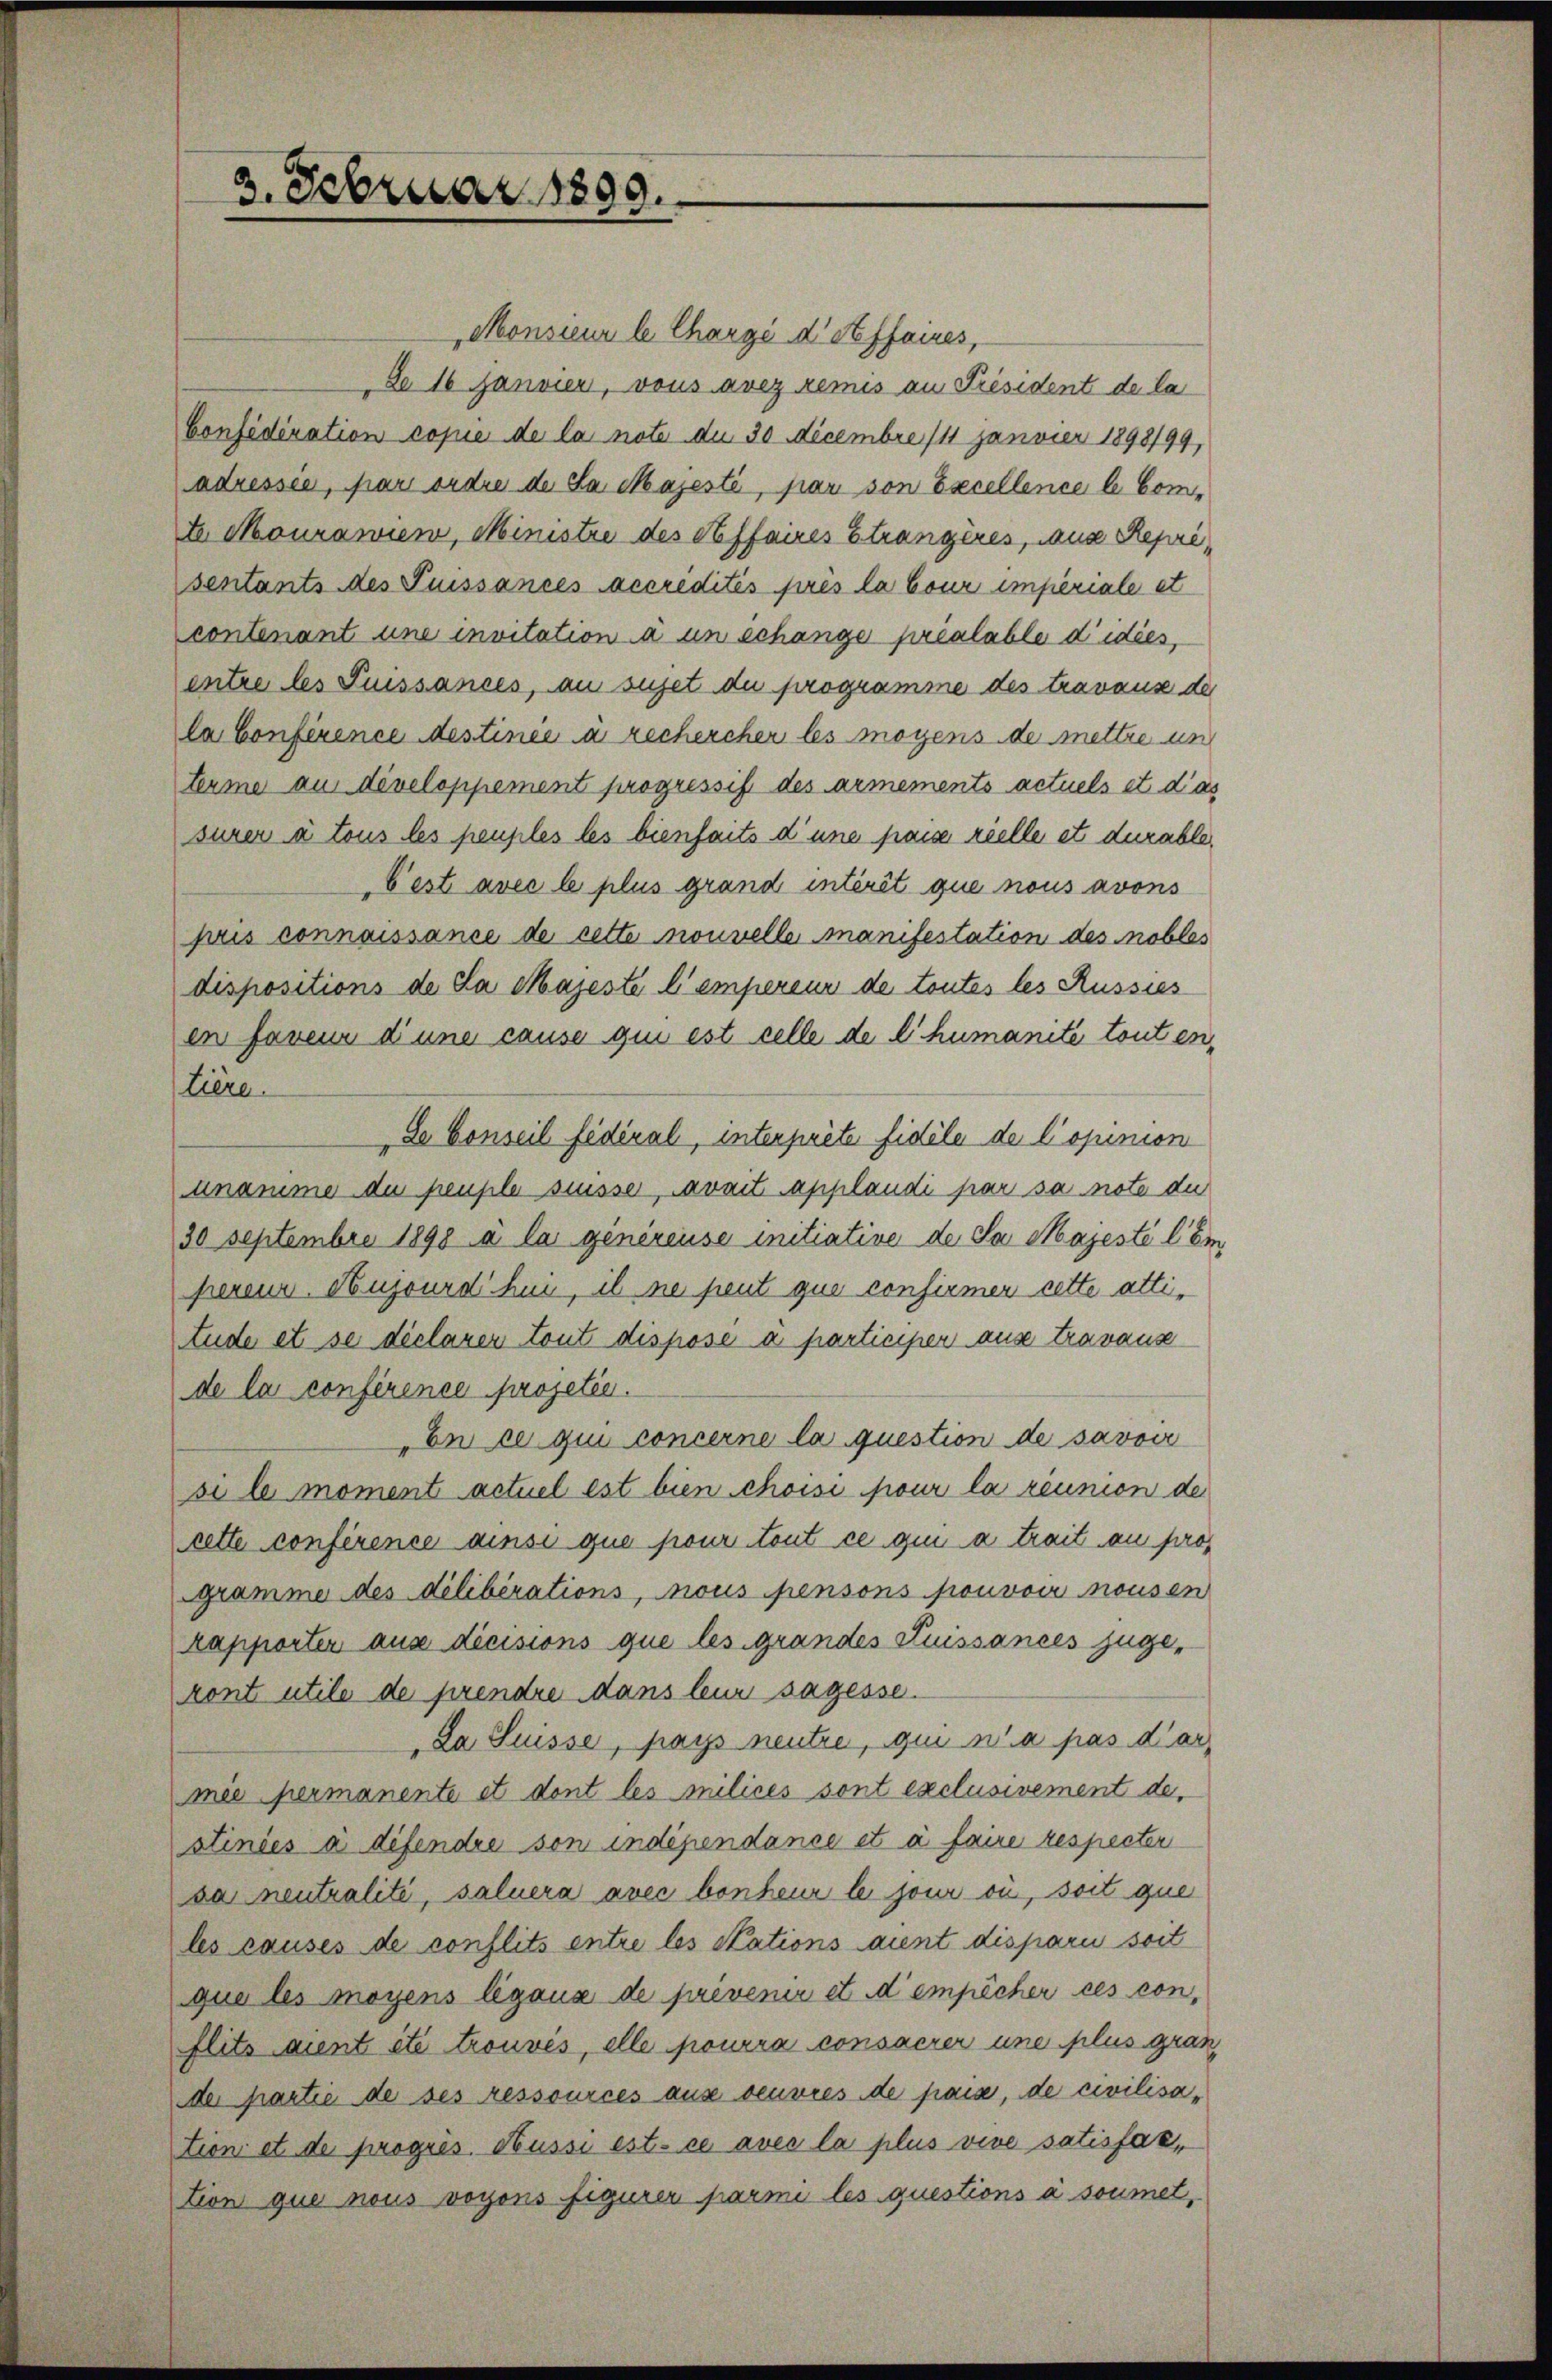
3. Februar 1899.

Monsieur le Chargé d' Affaires,
de 16 Janvier, vous avez remis an Président de la
Considération copie de la note de 30 Decembre /11 Janvier 1898/99,
adressen, par ordre de da. Majesté, par von Excellence le Comte Mourawien, Ministre des Affaires Strangères, aus Reprisentants des Puissances accredités prés la Cour imperiale et
contenant une invitation a un schange préalable didies,
entre des Suissances, au sujet du programme des travaus der
la Conference destinée à rechercher les moyens de mettre un
terme aus developpement progressif des armements actuels et das
surer à tous les peuples les biensfaits d’une passe rielle et durabler
b’est avec le plus grand intérêt que nous avons
pris connaissance de cette nouvelle manifestation des nobles
dispositions de la Majeste l’empereur de toutes les Russies
en faveur d’une cause qui est celle de l humanete touten,
Lière.
Se Conseil fédéral, interprete fidèle de Copinion
unamme du peuple suisse, avait applaudi par sa note du
30 Septembre 1898 à la généreuse initiative de Sa Majesté l’ém
pereur Nujourdhui, il ne peut que confirmer cette attiude et se déclarer tout dispose a participer ause travause
de la conférence projetée.
En ce qui concerne la question de savoir
si le moment actuel est bien choisi pour la réunion der
rette conférence ainsi que pour tout ce gen a trait au pro
gramme des délibérations, nous pensons pouvoir nousen
rapporter aus dicisions que les grandes Suissances juge,
kont utile de prendre dans leur sagesse.
Da Suisse, pays neutre, qui n’a pas darmie permanente et dont les milices sont exclusivement de
stinses à difendre son indépendance et à faire respecter
sa neutralité, saluera avec bonheur le jour ou, soit que
les causes de conflits entre les Stations aient disparii soit
que les moyens légaux de privenir et d’empêcher ces conflits aient été trouvés, elle pourra consacrer une plus gran
der partie de ses ressources aus oeuvres de paise, de civilisation et de progres. Aussi est ce avec la plus vive satisfaktion que nous voyons figurer parmi les questions à soumet,